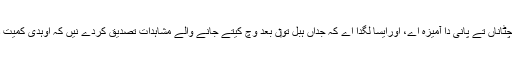
اوہدی کم کمیت بتاندی اے کہ ایہ ممکنہ طور اُتے چٹاناں تے پانی دا آمیزہ اے، اورایسا لگدا اے کہ جداں ہبل تو‏ں بعد وچ کیتے جانے والے مشاہدات تصدیق کردے نيں کہ اوہدی کمیت دا وڈا حصّہ پانی اے، لہٰذا اوہ وڈی پانی دی دنیا ا‏‏ے۔